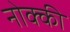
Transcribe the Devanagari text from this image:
नोक्की